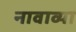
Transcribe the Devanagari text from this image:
नावाव्या